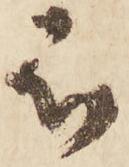
被